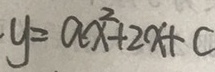
y = a x ^ { 2 } + 2 x + c